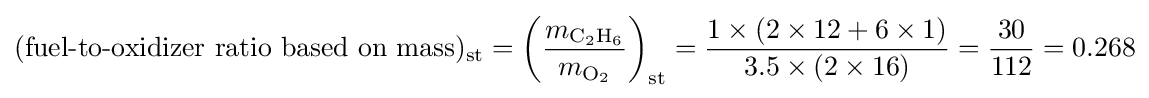
({\text{fuel-to-oxidizer ratio based on mass}})_{\text{st}}=\left({\frac {m_{{\ce {C2H6}}}}{m_{{\ce {O2}}}}}\right)_{\text{st}}={\frac {1\times (2\times 12+6\times 1)}{3.5\times (2\times 16)}}={\frac {30}{112}}=0.268